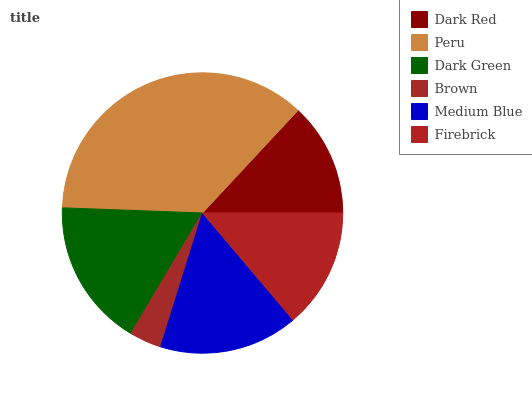
| Dark Red | Peru | Dark Green | Brown | Medium Blue | Firebrick |
 | --- | --- | --- | --- | --- | --- |
 | 13.1% | 36.3% | 17% | 3.72% | 16.1% | 13.8% |